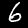
Digit: 6